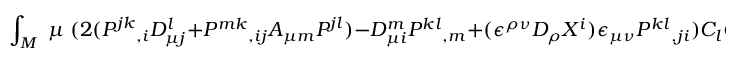
\int _ { M } \; \mu \; ( 2 ( P ^ { j k } { } _ { , i } D _ { \mu j } ^ { l } + P ^ { m k } { } _ { , i j } A _ { \mu m } P ^ { j l } ) - D _ { \mu i } ^ { m } P ^ { k l } { } _ { , m } + ( \epsilon ^ { \rho \nu } D _ { \rho } X ^ { i } ) \epsilon _ { \mu \nu } P ^ { k l } { } _ { , j i } ) C _ { l } C _ { k } = 0 .